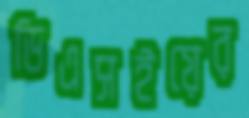
ডিএসইয়ের